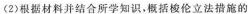
(2)根据材料并结合所学知识，概括梭伦立法措施的